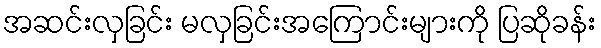
အဆင်းလှခြင်း မလှခြင်းအကြောင်းများကို ပြဆိုခန်း